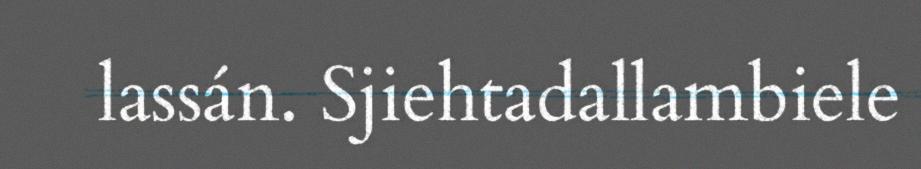
lassán. Sjiehtadallambiele